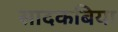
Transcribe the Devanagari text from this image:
सादकबिया